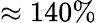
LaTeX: \approx 140\%